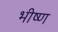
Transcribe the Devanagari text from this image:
भीष्ण